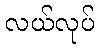
လယ်လုပ်